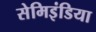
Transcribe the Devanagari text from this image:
सेमिइंडिया